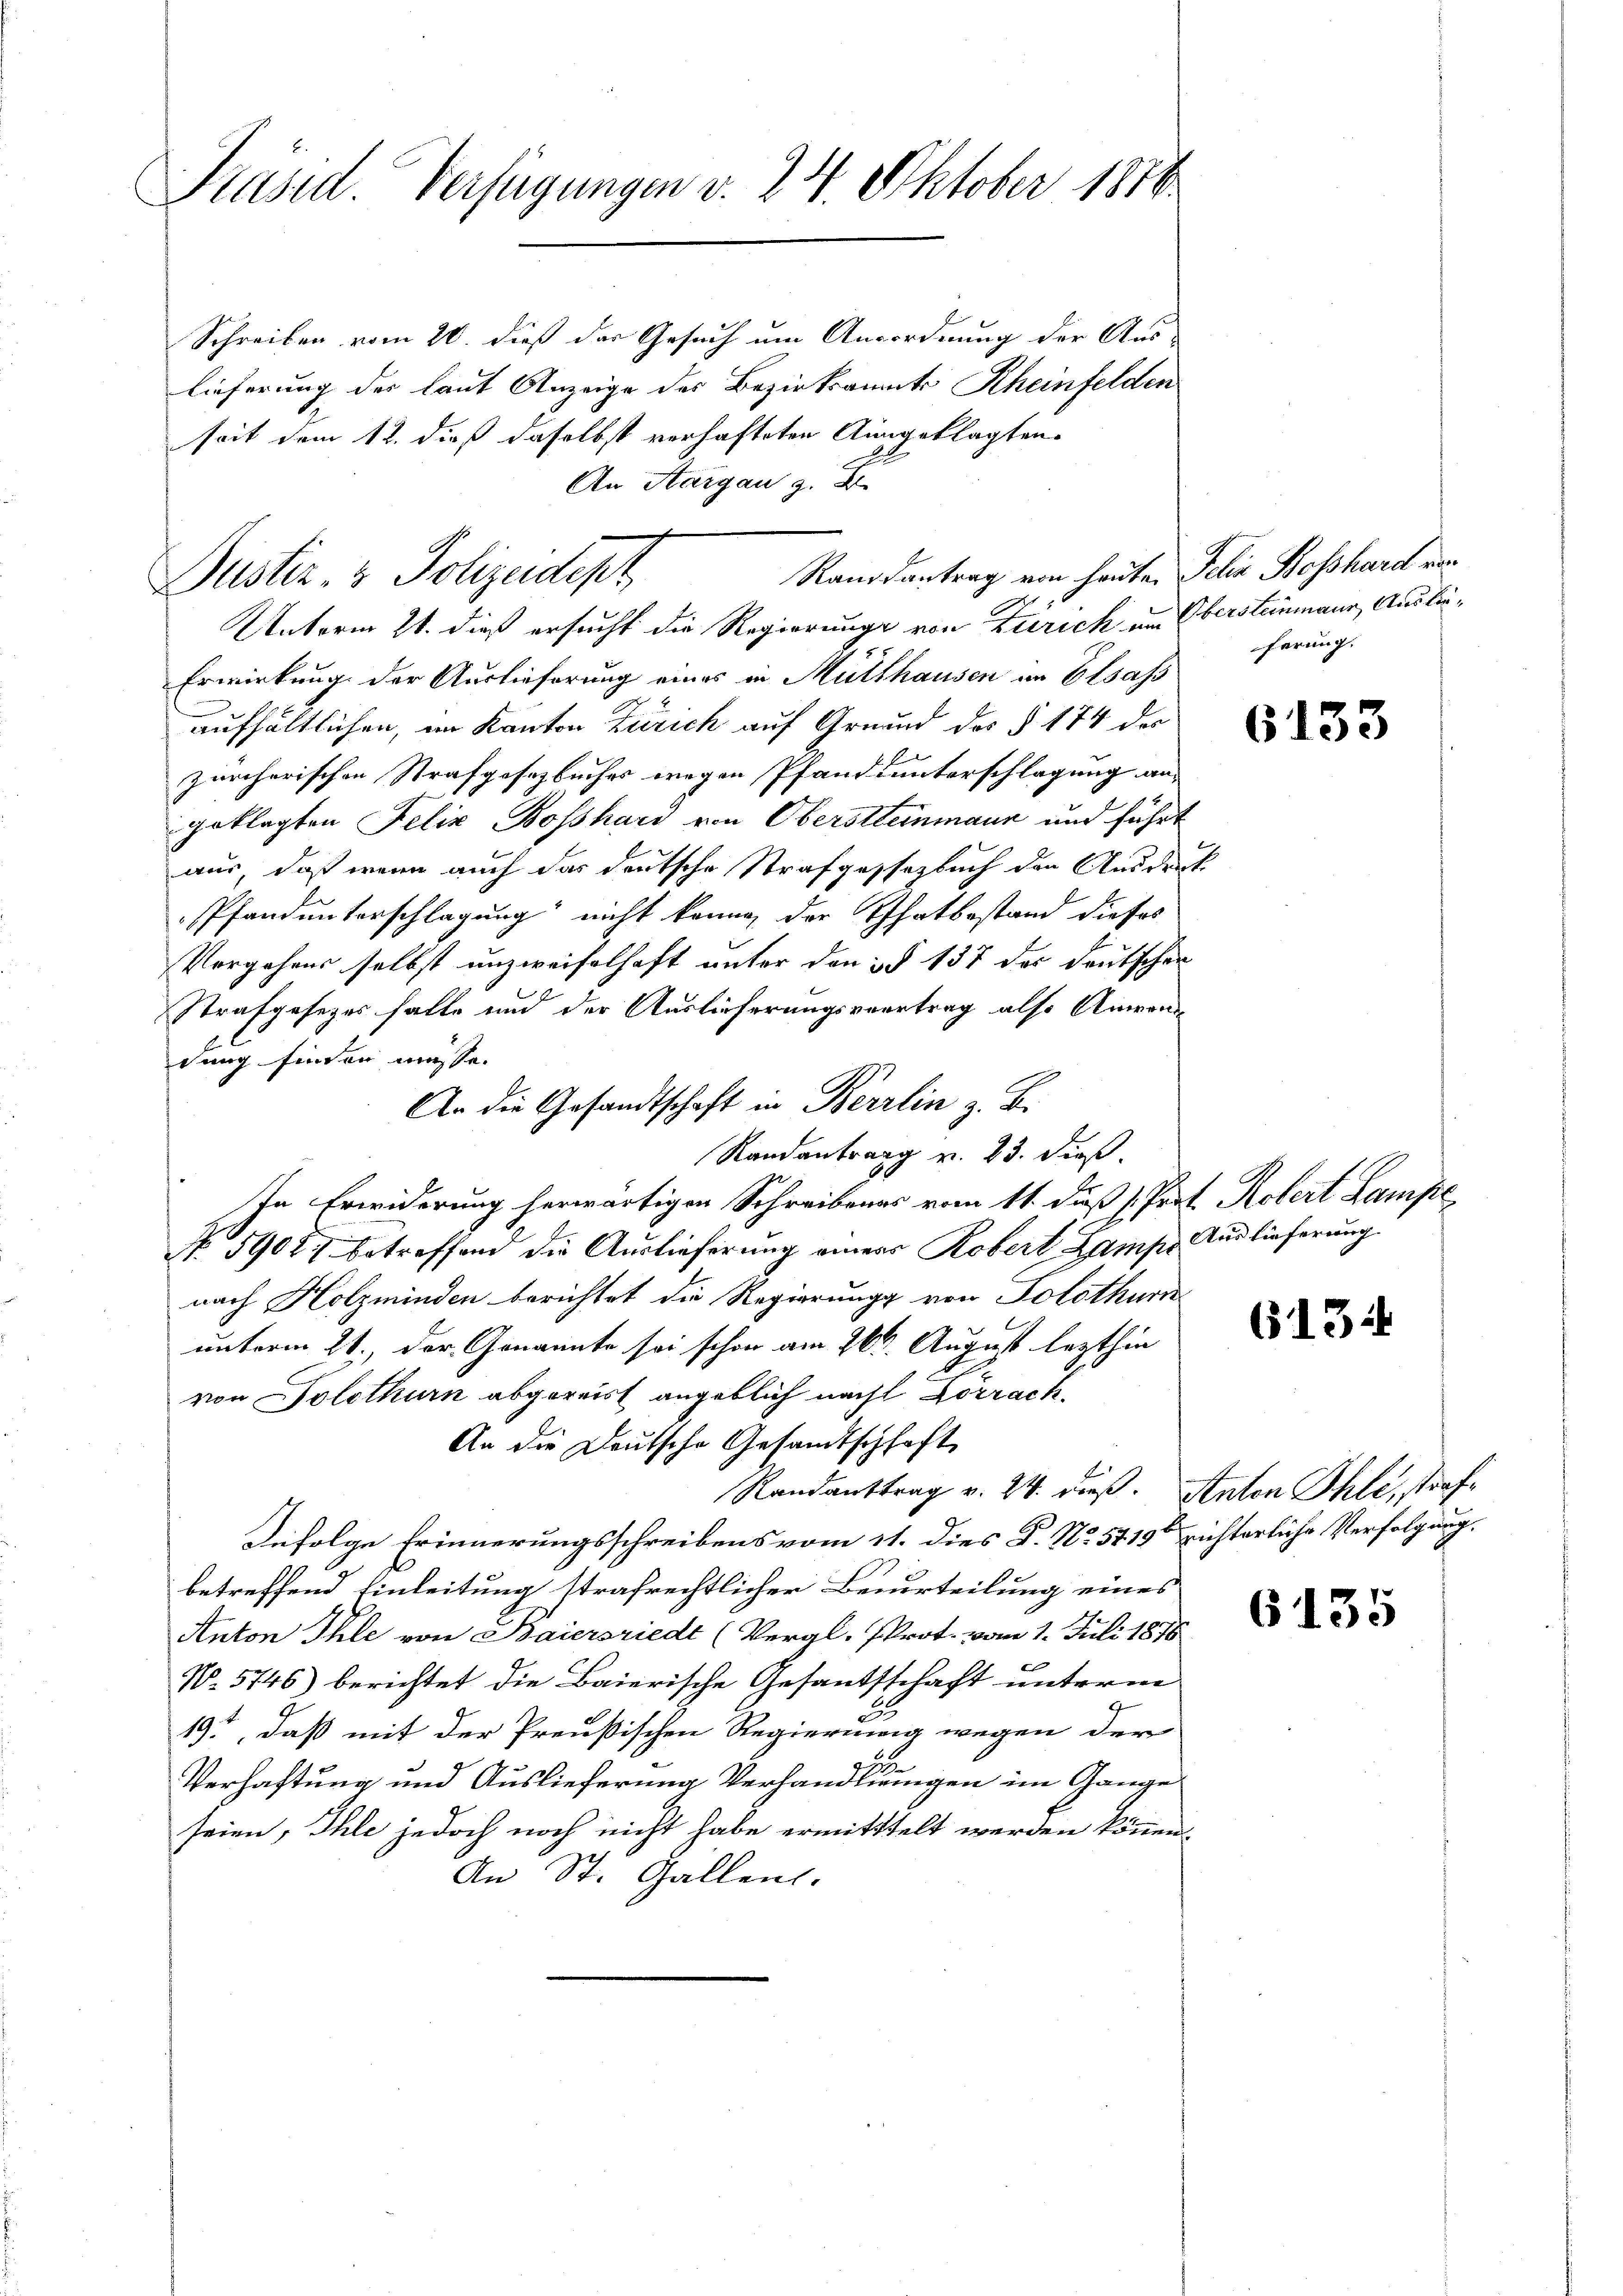
Präsid. Verfügungen v. 24. Oktober 1816

Justiz & Polizeidept

Schreiben vom 20. dieß der Gesuch um Ausordnung der Aus-
lieferung des laut Anzeige des Bezirksammts Rheinfelden
seit dem 11. dieß daselbst verhafteten Ausgeklagten.
An Aargau z. B.
Randsantrag von heute. Jelia Boßhard von
Unterm 21. dieß ersucht die Regierunge von Zürich am Obersteinmann, Auslie¬
Erwirkung der Auslieferung eines in Müllhausen an Elsass
aufhältlichen, im Kanton Zürich auf Grund des § 174 der
zürcherischen Strafgesetzbuches wegen Pfand unterschlagung an-
geklagten Felix Boßhard von Obersteinmann und führt
aus, daß wenn auch das deutsche Strafgestezbuch den Ausdeut
PPfandunterschlagung nicht könne der Thatbestand dieses
Vorgehens selbst unzweifelhaft unter den §§ 137 des deutschen
Strafgesezes falle und der Auslieferungsvertrag also Anwende
dung finder müsse.
An die Gesandtschaft in Berrlin z. B.
Randantrag v. 23. dieß.
In Erwiderung herwärtigen Schreibenes vom 11. dieß J. Prof. Robert Lampe
No 59027 betreffend die Auslieferung einers Robert Lampe Auslieferung
nach Holzminden berichtet die Regierung von Solothurn
unterm 21., der Genannte sei schon am 26ten August lezthin
von Solothurn abgereist angeblich nacht Lörrach
An die Deutsche Gesandtschhaft
Randanttrag v. 24. dieß. Anton Ihle, straf¬
Infolge Erinnerungsschreibens vom 11. dies P. No. 5719ten richterliche Verfolgung,
betreffend Einleitung strafrechtlicher Benurteilung eines
Anton Ihle von Baiersriedt (Vergl. Prot. vom 1. Juli 1878
N. 5746) berichtet die Baierische Gesandtschaft unterm
19., daß mit der Preußischen Regierung wegen der
Verhaftung und Auslieferung Verhandlungen im Gange
seien, Ihle jedoch noch nicht habe ermitttelt werden können.
An St. Gallens.

ferung.

2

6133

613.

6135